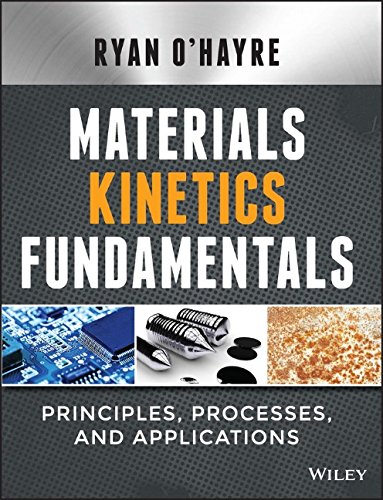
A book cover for Materials Kinetics Fundamentals; Ryan O'Hayre; Science & Math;